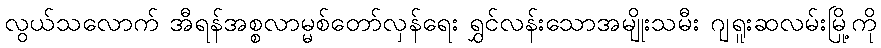
လွယ်သလောက် အီရန်အစ္စလာမ္မစ်တော်လှန်ရေး ရွှင်လန်းသောအမျိုးသမီး ဂျရူးဆလမ်းမြို့ကို